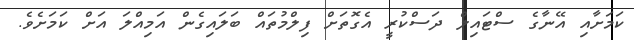
ކަމަށާއި އޭނާގެ ސްޓައިލް ދަސްކުރީ އެގޮތަށް ފިލްމުތައް ބަލައިގެން އަމިއްލަ އަށް ކަމަށެވެ.